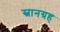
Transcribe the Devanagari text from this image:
स्नानग्रह